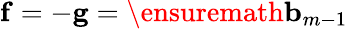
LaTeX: \mathbf{f}=-\mathbf{g}=\ensuremath{\mathbf{b}}_{m-1}